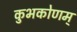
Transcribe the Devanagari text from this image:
कुभकोणम्